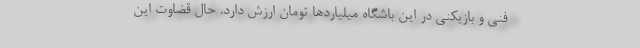
فنی و بازیکنی در این باشگاه میلیاردها تومان ارزش دارد. حال قضاوت این